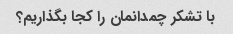
با تشکر چمدانمان را کجا بگذاریم؟